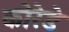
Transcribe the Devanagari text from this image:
कोरेडे